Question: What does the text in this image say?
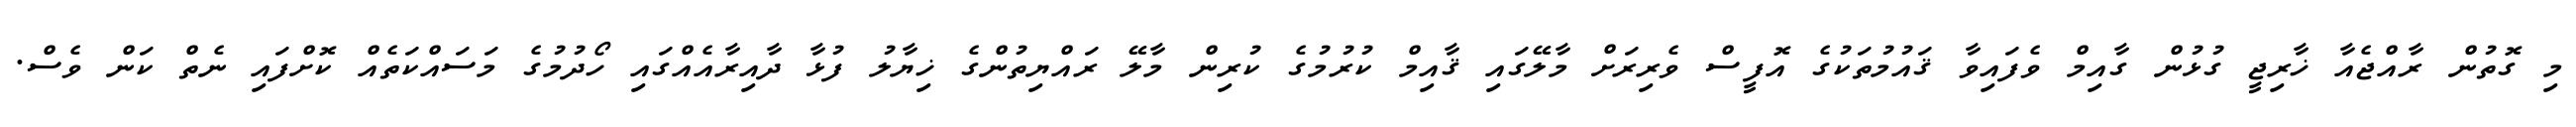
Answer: މި ގޮތުން ރާއްޖެއާ ޚާރިޖީ ގުޅުން ގާއިމް ވެފައިވާ ޤައުމުތަކުގެ އޮފީސް ވެރިރަށް މާލޭގައި ޤާއިމް ކުރުމުގެ ކުރިން މާލޭ ރައްޔިތުންގެ ޚިޔާލު ފުޅާ ދާއިރާއެއްގައި ހޯދުމުގެ މަސައްކަތެއް ކޮށްފައި ނެތް ކަން ވެސް.